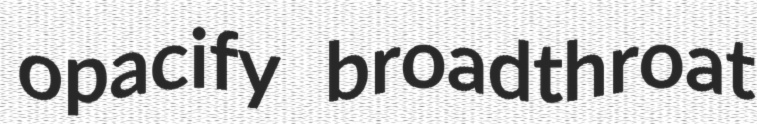
opacify broadthroat